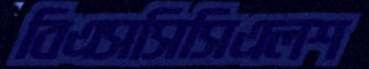
বিএসসিসিএলশ